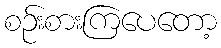
စဉ်းစားကြပေတော့